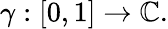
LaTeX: \gamma:[0,1]\to\mathbb{C}.